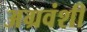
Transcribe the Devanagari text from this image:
अग्रवंशी